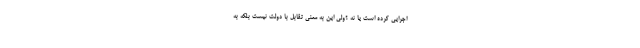
اجرایی کرده است یا نه ؟ولی این به معنی تقابل با دولت نیست بلکه به